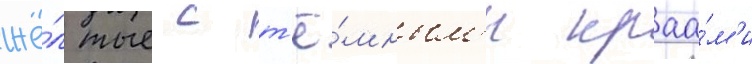
жё́лтые с т'ё́мным'и краа́м'и